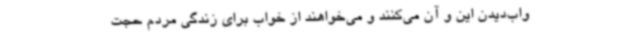
واب‌دیدن این و آن می‌کنند و می‌خواهند از خواب برای زندگی مردم حجت